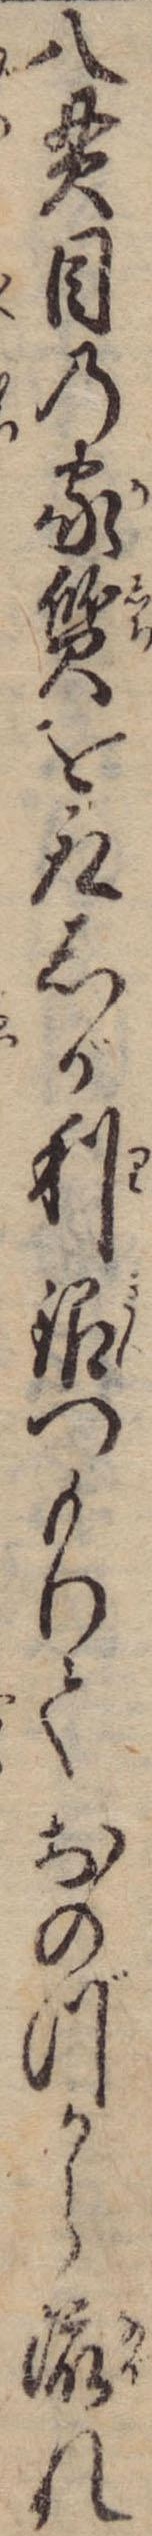
八貫目の家質を取しが利銀つもりておのづから流れ